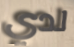
لدي